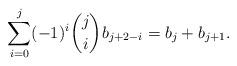
LaTeX: \begin{align*}\sum_{i=0}^j (-1)^i \binom{j}{i}b_{j+2-i}=b_j+b_{j+1}.\end{align*}